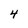
Character: 4